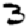
Digit: 3